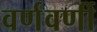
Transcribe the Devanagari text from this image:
वर्णवर्णी